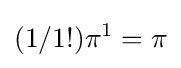
(1/1!)\pi ^{1}=\pi